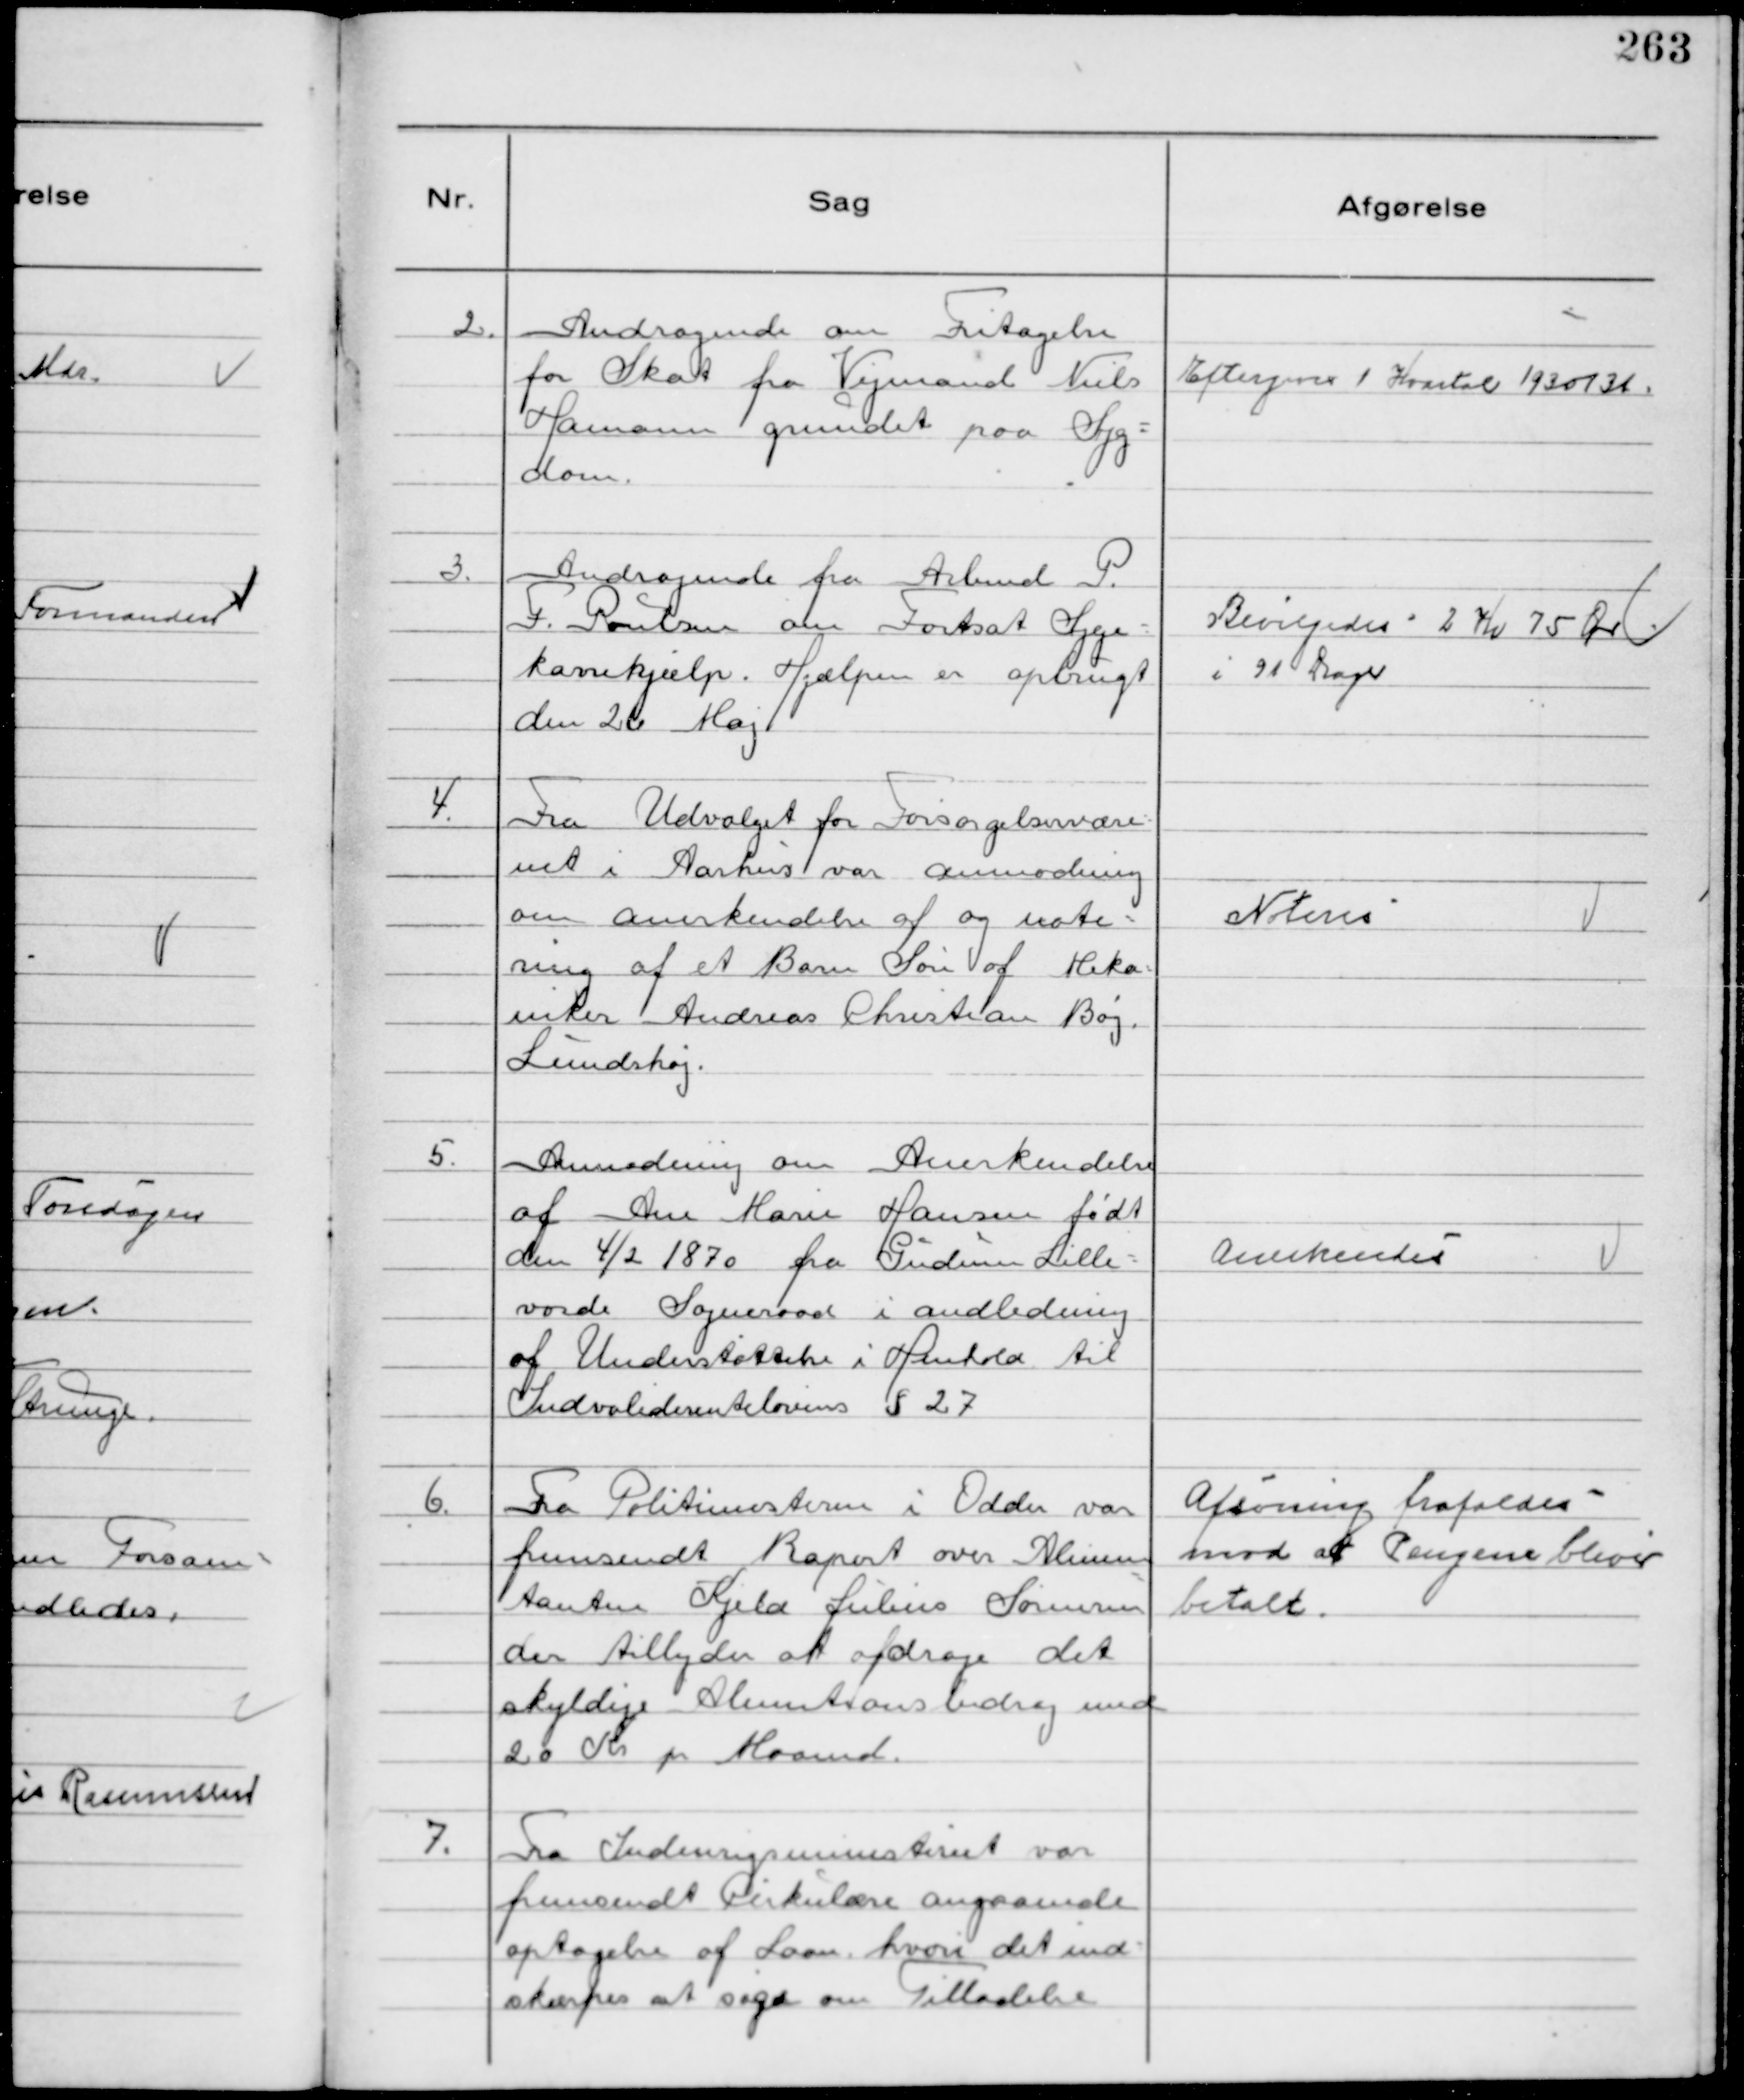
Transskription:
2.
Andragende om Fritagelse
for Skat fra Vejmand Niels
Hamann grundet paa Syg-
dom.

Eftergives 1 Kvartal 1930/31.

3.
Andragende fra Arbmd P.
F. Poulsen om Fortsat Syge-
kassehjælp. Hjælpen er opbrugt
den 26 Maj

Bevilgedes 2 Kr 75 Ør
i 91 Dage

4.
Fra Udvalget for Forsørgelsesvæse-
net i Aarhus var anmodning
om anerkendelse af og note-
ring af et Barn Søn af Meka-
niker Andreas Christian Bøg,
Lundshøj.

Noteres

5.
Anmodning om Anerkendelse
af Ane Marie Hansen født
den 4/2 1870 fra Gudum Lille-
vorde Sogneraad i andledning
af Understøttelse i Henhold til
Indvaliderentelovens § 27

Anerkendes

6.
Fra Politimesteren i Odder var
fremsendt Raport over Alimen
tanten Kjeld Julius Sørensen
der tilbyder at afdrage det
skyldige Alimentionsbidrag med
20 Kr pr Maaned.

Afsoning frafaldes
mod at Pengene bliver
betalt.

7.
Fra Indenrigsministeriet var
fremsendt Cirkulære angaaende
optagelse af Laan, hvori det ind-
skærpes at søge om Tilladelse